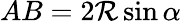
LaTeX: AB=2\mathcal{R}\sin\alpha